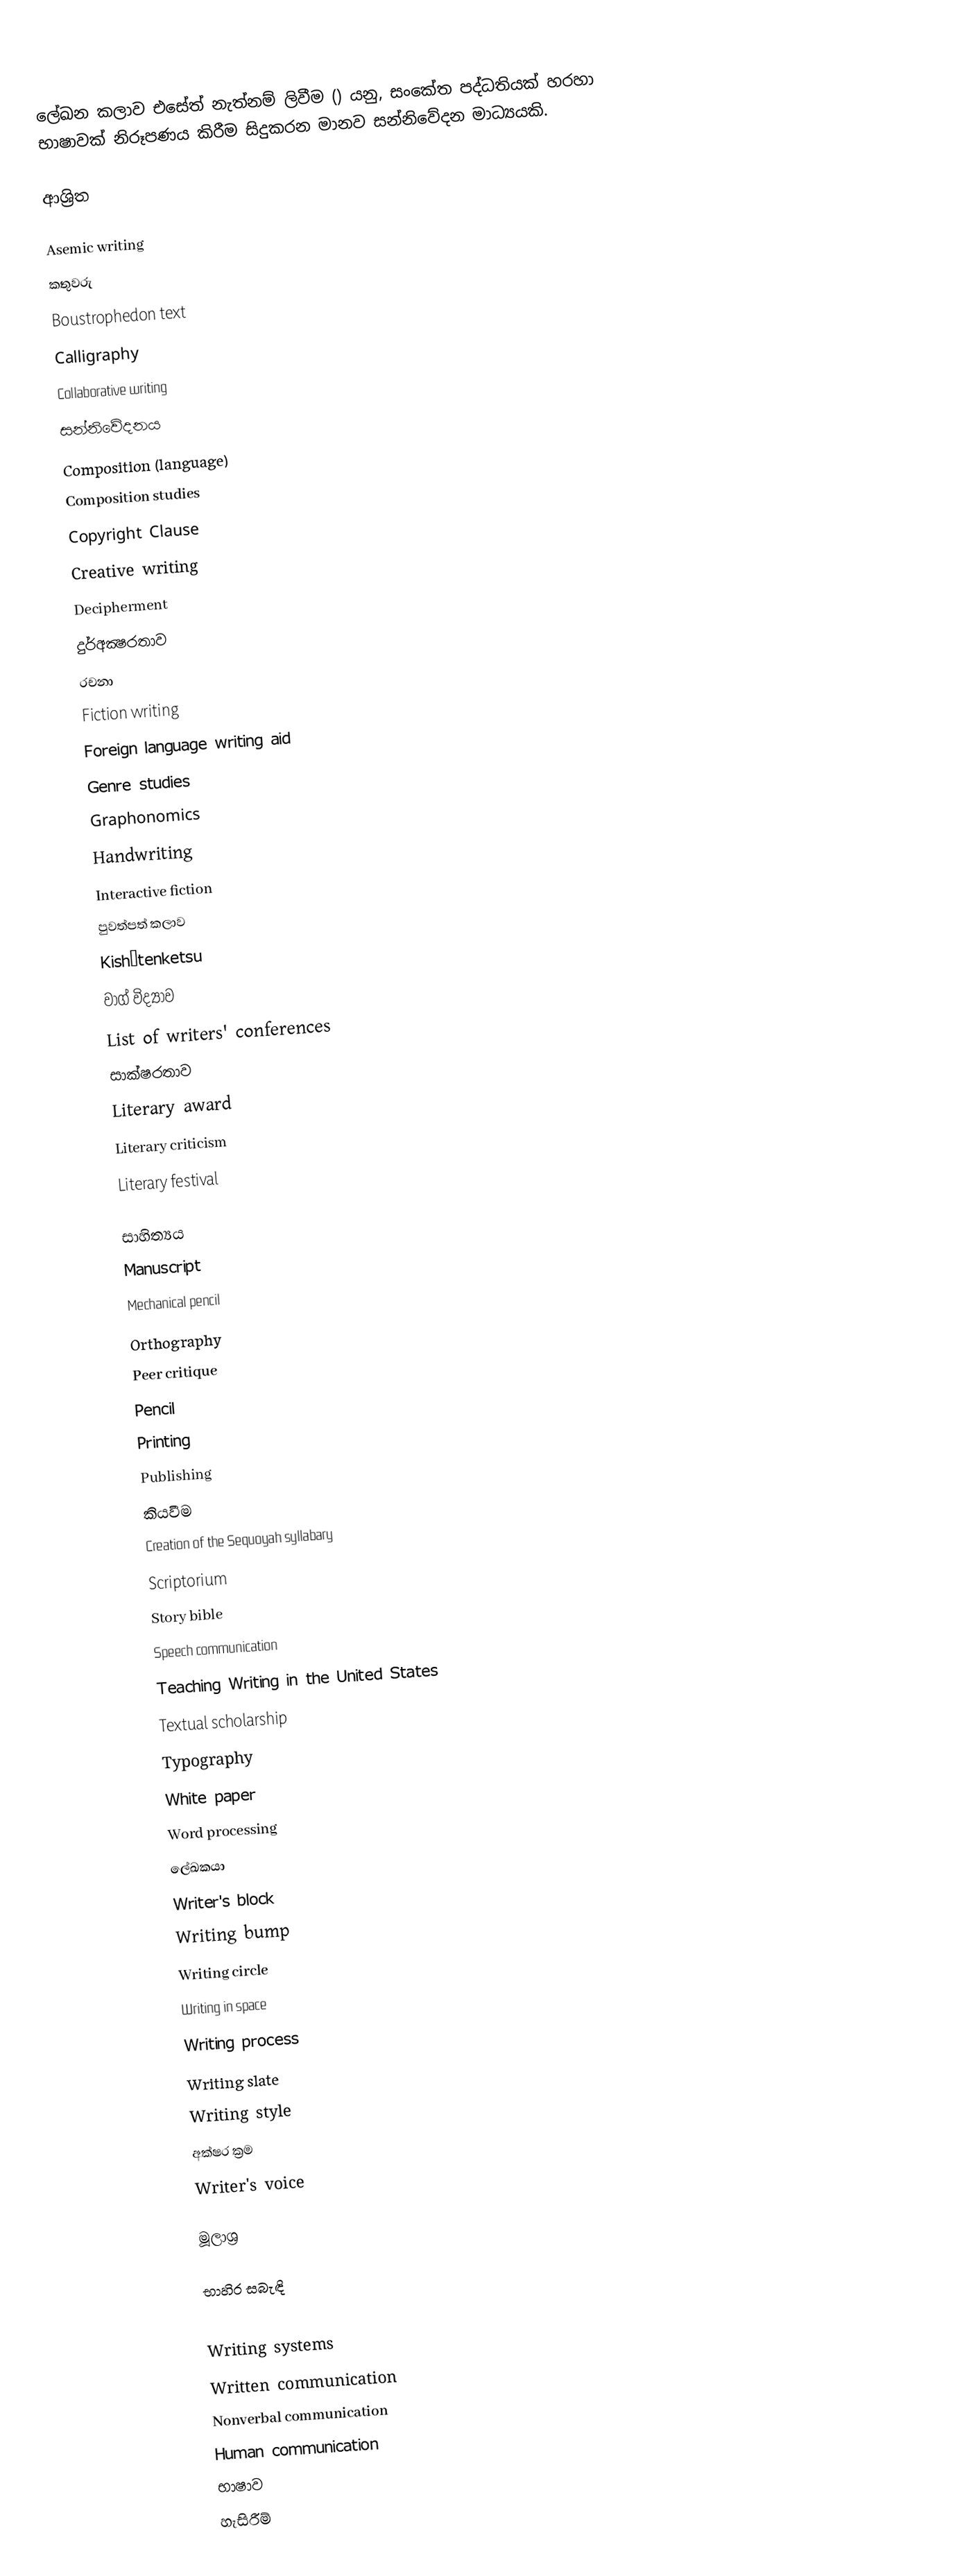
ලේඛන කලාව එසේත් නැත්නම් ලිවීම () යනු, සංකේත පද්ධතියක් හරහා භාෂාවක් නිරූපණය කිරීම සිදුකරන මානව සන්නිවේදන මාධ්‍යයකි.

ආශ්‍රිත

 Asemic writing
 කතුවරු
 Boustrophedon text
 Calligraphy
 Collaborative writing
 සන්නිවේදනය
 Composition (language)
 Composition studies
 Copyright Clause
 Creative writing
 Decipherment
 දුර්අක්‍ෂරතාව
 රචනා
 Fiction writing
 Foreign language writing aid
 Genre studies
 Graphonomics
 Handwriting
 Interactive fiction
 පුවත්පත් කලාව
 Kishōtenketsu
 වාග් විද්‍යාව
 List of writers' conferences
 සාක්ෂරතාව
 Literary award
 Literary criticism
 Literary festival

 සාහිත්‍යය
 Manuscript
 Mechanical pencil
 Orthography
 Peer critique
 Pencil
 Printing
 Publishing
 කියවීම
 Creation of the Sequoyah syllabary
 Scriptorium
 Story bible
 Speech communication
 Teaching Writing in the United States
 Textual scholarship
 Typography
 White paper
 Word processing
 ලේඛකයා
 Writer's block
 Writing bump
 Writing circle
 Writing in space
 Writing process
 Writing slate
 Writing style
 අක්ෂර ක්‍රම
 Writer's voice

මූලාශ්‍ර

භාහිර සබැඳි

Writing systems
Written communication
Nonverbal communication
Human communication
භාෂාව
හැසිරීම්